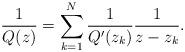
LaTeX: \begin{align*}\frac{1}{Q(z)} = \sum_{k=1}^{N} \frac{1}{Q'(z_{k})} \frac{1}{z-z_{k}}.\end{align*}